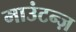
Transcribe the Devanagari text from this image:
माउंटन्ज़